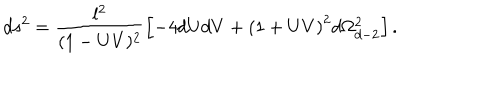
LaTeX: d s ^ { 2 } = \frac { l ^ { 2 } } { ( 1 - U V ) ^ { 2 } } \left[ - 4 d U d V + \left( { 1 + U V } \right) ^ { 2 } d \Omega _ { d - 2 } ^ { 2 } \right] .